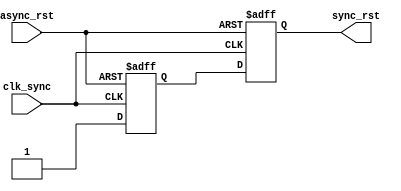
`timescale 1ns / 1ps
//////////////////////////////////////////////////////////////////////////////////
// Company: 
// Engineer: 
// 
// Design Name: 
// Module Name: rst_synch
// Project Name: 
// Target Devices: 
// Tool Versions: 
// Description: 
// 
// Dependencies: 
// 
// Revision:
// Revision 0.01 - File Created
// Additional Comments:
// 
//////////////////////////////////////////////////////////////////////////////////


module rst_synch(

    input clk_sync,
    input async_rst,
    output sync_rst

    );
    
    (* ASYNC_REG = "TRUE" *) reg syn_reg1,syn_reg2;
    
    always @(posedge clk_sync,negedge  async_rst) begin 
    
        if(!async_rst) 
            syn_reg1 <= 0;
        else
            syn_reg1 <= 1;
    
    end
    
    always @(posedge clk_sync,negedge  async_rst) begin 
    
        if(!async_rst) 
            syn_reg2 <= 0;
        else
            syn_reg2 <= syn_reg1;    
    
    end    
    assign sync_rst = syn_reg2;
    
endmodule